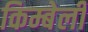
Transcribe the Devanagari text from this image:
किम्बेर्ली